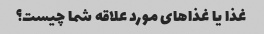
غذا یا غذاهای مورد علاقه شما چیست؟